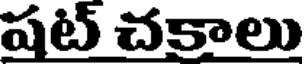
షట్ చకాలు